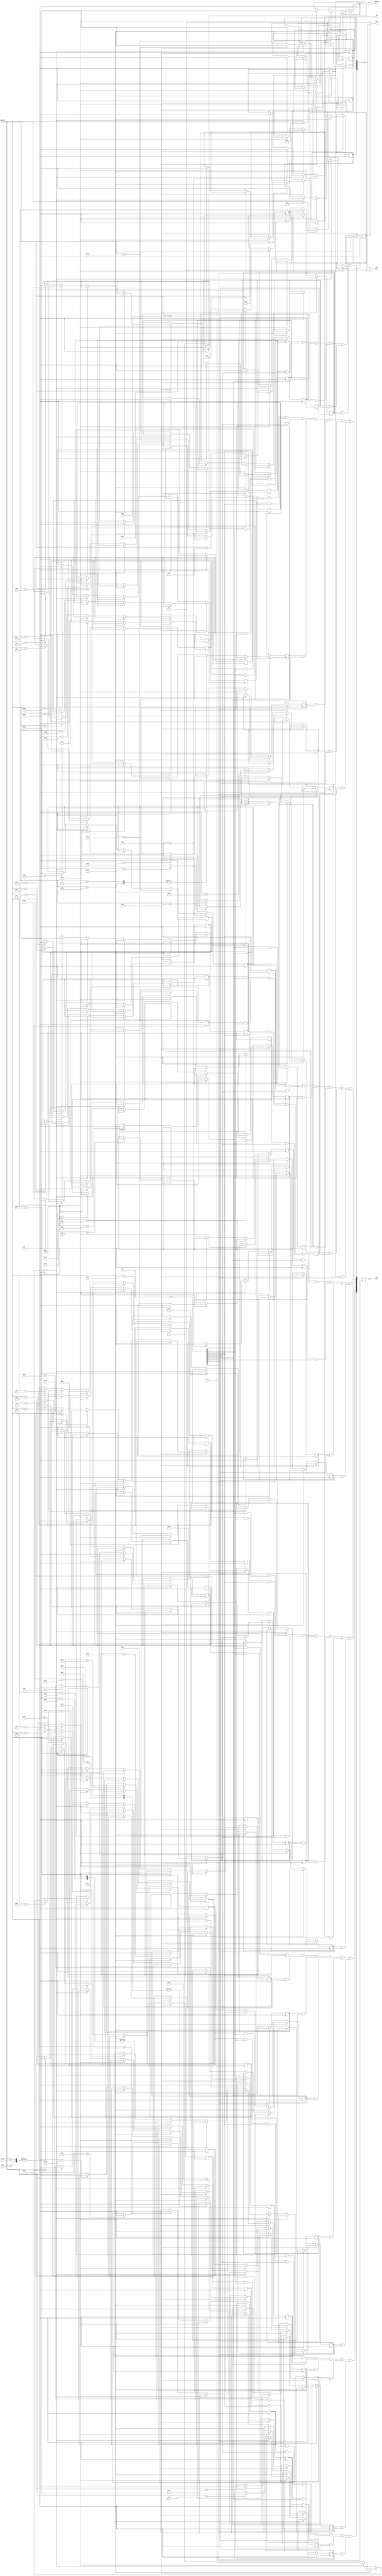
`timescale 1ns / 1ps
//////////////////////////////////////////////////////////////////////////////////
//  Copyright 2013-2016 Istvan Hegedus
//
//  FPGATED is free software: you can redistribute it and/or modify
//  it under the terms of the GNU General Public License as published by
//  the Free Software Foundation, either version 3 of the License, or
//  (at your option) any later version.
//
//  FPGATED is distributed in the hope that it will be useful,
//  but WITHOUT ANY WARRANTY; without even the implied warranty of
//  MERCHANTABILITY or FITNESS FOR A PARTICULAR PURPOSE.  See the
//  GNU General Public License for more details.
//
//  You should have received a copy of the GNU General Public License
//  along with this program.  If not, see <http://www.gnu.org/licenses/>. 
//
// Module Name:    c16_keymatrix.v
// Project Name: 	 FPGATED
//
// Description: 	C16/Plus4 keyboard matrix emulation for PS2 keyboards.
//
// Revisions:
// 1.0	07.14.2016     first release
// 1.1	17.08.2016		Joystick emulation implemented. Choose joy0 or joy1 with F11. Joystick is on numeric keypad.
// 1.2	18.04.2017	 	ESC key flag added to output (for ROM setup purposes during bootstrap)
//////////////////////////////////////////////////////////////////////////////////
module c16_keymatrix(
	 input clk,
    input [7:0] scancode,
    input receiveflag,
	 input [7:0] row,
    output [7:0] kbus,
	 output keyreset,
	 output [4:0] joy0, // joystick port mini din pin mappings bit0=pin1, bit1=pin2, bit2=pin3, bit3=pin4, bit4=pin6
	 output [4:0] joy1,
	 output esc
    );

reg releaseflag=0;
reg extendedflag=0;
reg [7:0] colsel=0;
reg key_A=0,key_B=0,key_C=0,key_D=0,key_E=0,key_F=0,key_G=0,key_H=0,key_I=0,key_J=0,key_K=0,key_L=0,key_M=0,key_N=0,key_O=0,key_P=0,key_Q=0,key_R=0,key_S=0,key_T=0,key_U=0,key_V=0,key_W=0,key_X=0,key_Y=0,key_Z=0;
reg key_1=0,key_2=0,key_3=0,key_4=0,key_5=0,key_6=0,key_7=0,key_8=0,key_9=0,key_0=0,key_del=0,key_return=0,key_help=0,key_F1=0,key_F2=0,key_F3=0,key_AT=0,key_shift=0,key_comma=0,key_dot=0;
reg key_minus=0,key_colon=0,key_star=0,key_semicolon=0,key_esc=0,key_equal=0,key_plus=0,key_slash=0,key_control=0,key_space=0,key_runstop=0;
reg key_pound=0,key_down=0,key_up=0,key_left=0,key_right=0,key_home=0,key_commodore=0,key_alt=0;
reg joy_left=0,joy_right=0,joy_up=0,joy_down=0,joy_fire=0;
reg joysel=0;

wire [7:0] rowsel;

assign rowsel=~row;
assign keyreset=key_control&key_alt&key_del;

always @(posedge clk)
	begin
	if(receiveflag)
		begin
		if(scancode==8'hF0)
			releaseflag<=1;
		else if (scancode==8'hE0)
			extendedflag<=1;
		else 
			begin
			releaseflag<=0;
			if (~extendedflag)					// base code keys
				begin
				case(scancode)
					8'h1C:			key_A<=~releaseflag;
					8'h32:			key_B<=~releaseflag;
					8'h21:			key_C<=~releaseflag;
					8'h23:			key_D<=~releaseflag;
					8'h24:			key_E<=~releaseflag;
					8'h2B:			key_F<=~releaseflag;
					8'h34:			key_G<=~releaseflag;
					8'h33:			key_H<=~releaseflag;
					8'h43:			key_I<=~releaseflag;
					8'h3B:			key_J<=~releaseflag;
					8'h42:			key_K<=~releaseflag;
					8'h4B:			key_L<=~releaseflag;
					8'h3A:			key_M<=~releaseflag;
					8'h31:			key_N<=~releaseflag;
					8'h44:			key_O<=~releaseflag;
					8'h4D:			key_P<=~releaseflag;
					8'h15:			key_Q<=~releaseflag;
					8'h2D:			key_R<=~releaseflag;
					8'h1B:			key_S<=~releaseflag;
					8'h2C:			key_T<=~releaseflag;
					8'h3C:			key_U<=~releaseflag;
					8'h2A:			key_V<=~releaseflag;
					8'h1D:			key_W<=~releaseflag;
					8'h22:			key_X<=~releaseflag;
					8'h35:			key_Y<=~releaseflag;
					8'h1A:			key_Z<=~releaseflag;
//					8'h69,
					8'h16:			key_1<=~releaseflag;
					8'h72:			joy_down<=~releaseflag;
					8'h1E:			key_2<=~releaseflag;
//					8'h7A,
					8'h26:			key_3<=~releaseflag;
					8'h6B:			joy_left<=~releaseflag;
					8'h25:			key_4<=~releaseflag;
//					8'h73,
					8'h2E:			key_5<=~releaseflag;
					8'h74:			joy_right<=~releaseflag;
					8'h36:			key_6<=~releaseflag;
//					8'h6C,
					8'h3D:			key_7<=~releaseflag;
					8'h75:			joy_up<=~releaseflag;
					8'h3E:			key_8<=~releaseflag;
//					8'h7D,
					8'h46:			key_9<=~releaseflag;
					8'h70:			joy_fire<=~releaseflag;
					8'h45:			key_0<=~releaseflag;
					8'h66:			key_del<=~releaseflag;
					8'h5A:			key_return<=~releaseflag;
					8'h0C:			key_help<=~releaseflag;
					8'h05:			key_F1<=~releaseflag;
					8'h06:			key_F2<=~releaseflag;
					8'h04:			key_F3<=~releaseflag;
					8'h54:			key_AT<=~releaseflag;
					8'h12,
					8'h59:			key_shift<=~releaseflag;
					8'h41:			key_comma<=~releaseflag;
					8'h49:			key_dot<=~releaseflag;
					8'h7B,
					8'h4E:			key_minus<=~releaseflag;
					8'h4C:			key_colon<=~releaseflag;
					8'h7C,
					8'h5B:			key_star<=~releaseflag;
					8'h52:			key_semicolon<=~releaseflag;
					8'h76:			key_esc<=~releaseflag;
					8'h5D:			key_equal<=~releaseflag;
					8'h79,
					8'h55:			key_plus<=~releaseflag;
					8'h4A:			key_slash<=~releaseflag;
					8'h14:			key_control<=~releaseflag;
					8'h29:			key_space<=~releaseflag;
					8'h0D:			key_runstop<=~releaseflag;
					8'h11:			key_alt<=~releaseflag;
					8'h78:			if(~releaseflag)
											joysel<=~joysel;										
					default:;
				endcase
				end
			else begin									// extended code keys
				extendedflag<=0;
				case(scancode)
					8'h2F:			key_pound<=~releaseflag;
					8'h72:			key_down<=~releaseflag;
					8'h75:			key_up<=~releaseflag;
					8'h6B:			key_left<=~releaseflag;
					8'h74:			key_right<=~releaseflag;
					8'h6C:			key_home<=~releaseflag;
					8'h14:			key_control<=~releaseflag;
					8'h1F:			key_commodore<=~releaseflag;
					8'h4A:			key_slash<=~releaseflag;
					8'h5A:			key_return<=~releaseflag;
					8'h71:			key_del<=~releaseflag;
					8'h11:			key_alt<=~releaseflag;
					default:;
				endcase
				end
			end
		end
	end

always @(posedge clk)
	begin
	colsel[0]<=(key_del & rowsel[0]) | (key_3 & rowsel[1]) | (key_5 & rowsel[2]) | (key_7 & rowsel[3]) | (key_9 & rowsel[4]) | (key_down & rowsel[5]) | (key_left & rowsel[6]) | (key_1 & rowsel[7]);
	colsel[1]<=(key_return & rowsel[0]) | (key_W & rowsel[1]) | (key_R & rowsel[2]) | (key_Y & rowsel[3]) | (key_I & rowsel[4]) | (key_P & rowsel[5]) | (key_star & rowsel[6]) | (key_home & rowsel[7]);
	colsel[2]<=(key_pound & rowsel[0]) | (key_A & rowsel[1]) | (key_D & rowsel[2]) | (key_G & rowsel[3]) | (key_J & rowsel[4]) | (key_L & rowsel[5]) | (key_semicolon & rowsel[6]) | (key_control & rowsel[7]);
	colsel[3]<=(key_help & rowsel[0]) | (key_4 & rowsel[1]) | (key_6 & rowsel[2]) | (key_8 & rowsel[3]) | (key_0 & rowsel[4]) | (key_up & rowsel[5]) | (key_right & rowsel[6]) | (key_2 & rowsel[7]);
	colsel[4]<=(key_F1 & rowsel[0]) | (key_Z & rowsel[1]) | (key_C & rowsel[2]) | (key_B & rowsel[3]) | (key_M & rowsel[4]) | (key_dot & rowsel[5]) | (key_esc & rowsel[6]) | (key_space & rowsel[7]);
	colsel[5]<=(key_F2 & rowsel[0]) | (key_S & rowsel[1]) | (key_F & rowsel[2]) | (key_H & rowsel[3]) | (key_K & rowsel[4]) | (key_colon & rowsel[5]) | (key_equal & rowsel[6]) | (key_commodore & rowsel[7]);
	colsel[6]<=(key_F3 & rowsel[0]) | (key_E & rowsel[1]) | (key_T & rowsel[2]) | (key_U & rowsel[3]) | (key_O & rowsel[4]) | (key_minus & rowsel[5]) | (key_plus & rowsel[6]) | (key_Q & rowsel[7]);
	colsel[7]<=(key_AT & rowsel[0]) | (key_shift & rowsel[1]) | (key_X & rowsel[2]) | (key_V & rowsel[3]) | (key_N & rowsel[4]) | (key_comma & rowsel[5]) | (key_slash & rowsel[6]) | (key_runstop & rowsel[7]);
	end

assign kbus=~colsel;

assign joy0=(~joysel)?~{joy_fire,joy_right,joy_left,joy_down,joy_up}:5'b11111;
assign joy1=(joysel)?~{joy_fire,joy_right,joy_left,joy_down,joy_up}:5'b11111;
assign esc=key_esc;

endmodule